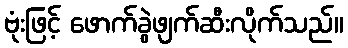
ဗုံးဖြင့် ဖောက်ခွဲဖျက်ဆီးလိုက်သည်။